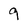
Character: 9